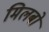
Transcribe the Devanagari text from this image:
मिलबो